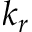
k _ { r }